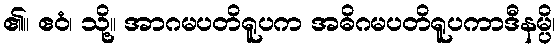
၏။ ဧဝံ၊ သို့။ အာဂမပတိရူပက အဓိဂမပတိရူပကာဒီနမ္ပိ၊